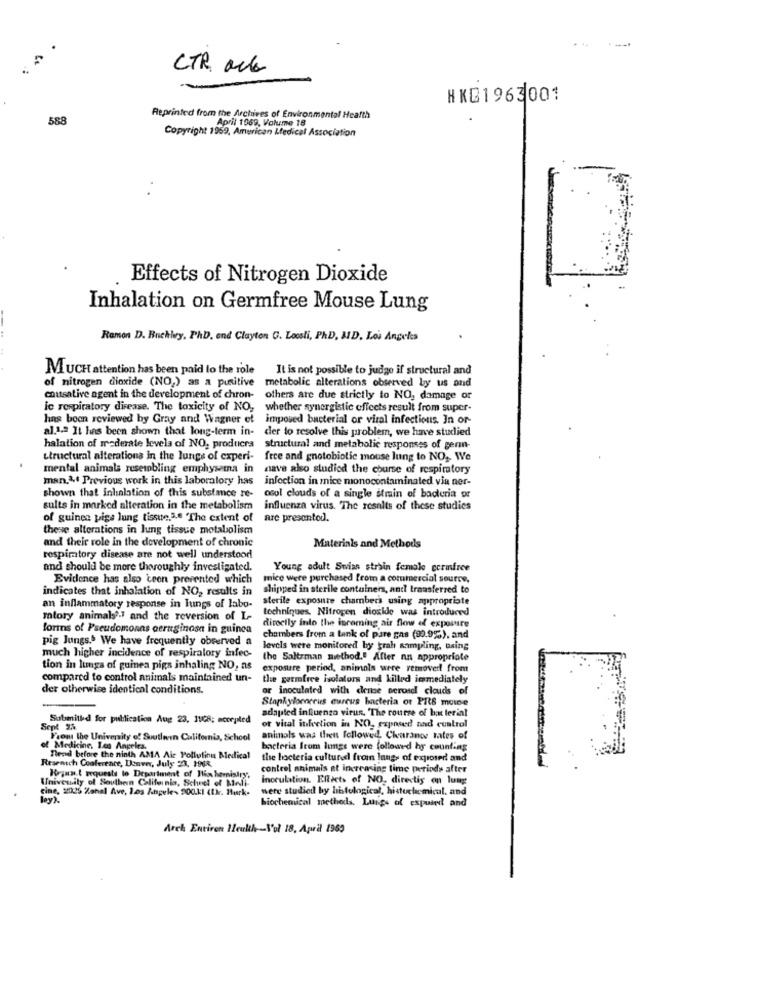
CTR ock
NKG1963001
588
Reprinted from the Archives of Environmental Health
April 1969, Volume 18
Copyright 1959, American Lfedical Association
Effects of Nitrogen Dioxide
Inhalation on Germfree Mouse Lung
Ramon D. Buckley, PhD. end Clayton G. Locali, PhD, MD, Los Angeles
MUCH attention has been paid to the role
It is not possible to judge if structural and
of nitrogen dioxide (NO2) as a punitive
metabolic alterations observed by us and
chatsative agent in the development of chron-
others are due strictly to NO, damage or
le respiratory disease. The toxicity of NO,
whether synergistic effects result from super-
hans boon reviewed by Gray and Wagner et
imposed bacterial or viral infections. In or-
al.1.ª It has been shown that long-term in- der to resolve this problem, we have studied
halation of mederate levels of NO, producea structural and metabolic responses of gern-
Ltructural alterations in the lungs of experi-
free and gnotobiotic mouse lung to NO ,. We
mental animala resetobling emphysema in
nave also studied the course of respiratory
man.& Previous work in this laboralory has
infection in mice monocontaminated via ner-
shown that inlinlation of this substance re-
osol clouds of a single stmin of bacteria or
sults in marked alteration in the metabolism
influenza virus. "The results of these studies
of guinea pigs lung tissue.5.e 'The extent of
are presentod.
these alterations in lung tissue metabolism
and their role in the development of chronic
Materials and Methods
respiratory disease are not well understood
and should be more thoroughly investigated.
Young adult Swiss strbin female cermirce
Evidence has also been prevented which
mice were purchased from a commercial source,
indicates that inhalation of NO, results in
shipped in sterile containers, and transferred to
sterile exposure chambers using appropriate
an inflammatory response in lungs of labo-
techniques. Nitrogen dioxide was introduced
matory animals ?- 1 and the reversion of L-
forms of Pseudomonas aeruginosa in guinea
directly into the incoming air flow of exposure
pig Jungs. We have frequently observed a
chambers from a tank of pare gas (99.9%), and
much higher incidence of respiratory infec-
levels were monitored by grah sampling, using
the Saltzman method." After an appropriate
tion in lunga of guinea pigs inhaling NO, ns
exposure period, animals were removed from
compared to control animals maintained un-
the germfree isolators and killed immediately
der otherwise identical conditions.
or inoculated with dense perosdl clouds of
Staphylococcus aureus bacteria or PRS mowe
adapted influenza virus. The course of bo terial
Submitted for publication Aug 23. 118; accepled
Sept 25
or viral infection in NO, exposed tad control
From the University of Southern California, School
animals was then Followed, Clearance rates of
of Medicine, Los Angeles,
bacteria Itum lungs were followed hy counting
Resencch Cooference, Denver, July 23, 196R.
Tend before the ninth AMA Air Pollutinu Medical
the bacteria cultured from langs of exposed and
control animais at increasing time periods after
University of Southern California, School of Medi-
Brann.( requests to Department of His hemistry,
inoculation. Effects of NO, directis on lung
cine, 2025 Zanel Ave, 1.0s Angele- 500.kl (tk. Hurk-
were studied by histological, histochemical. and
biochemical methods, Lungs of espuind and
Arch Environ Health-Vol 18. April 1963